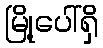
မြို့ပေါ်ရှိ